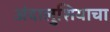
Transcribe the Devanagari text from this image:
अंदालुशियाचा